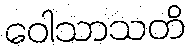
ဝေါသာသတိ